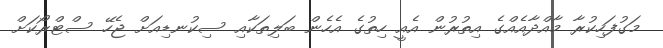
މަގުފަހިކުރާ މާއްދާއެއްގެ އިތުރުން އެއީ ހިތުގެ އެހެން ބަލިތަކާއި ސިކުނޑިއަށް ޖެހޭ ސްޓްރޯކަށް